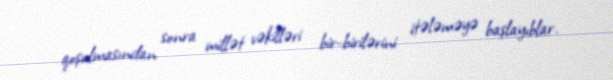
qoşulmasından sonra millət vəkilləri bir-birilərini itələməyə başlayıblar.